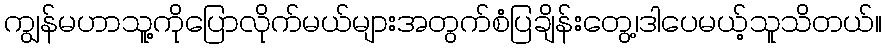
ကျွန်မဟာသူ့ကိုပြောလိုက်မယ်များအတွက်စံပြချိန်းတွေ့၊ဒါပေမယ့်သူသိတယ်။